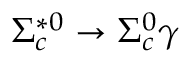
\Sigma _ { c } ^ { * 0 } \to \Sigma _ { c } ^ { 0 } \gamma